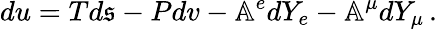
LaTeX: du=Td\mathfrak{s}-Pdv-\mathbb{A}^{e}dY_{e}-\mathbb{A}^{\mu}dY_{\mu}\, .